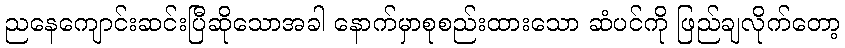
ညနေကျောင်းဆင်းပြီဆိုသောအခါ နောက်မှာစုစည်းထားသော ဆံပင်ကို ဖြည်ချလိုက်တော့